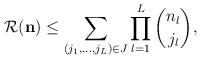
LaTeX: \begin{align*} \mathcal{R}(\mathbf{n}) \leq \sum_{(j_1,\dots,j_L) \in J} \prod_{l=1}^L {n_l \choose j_l},\end{align*}